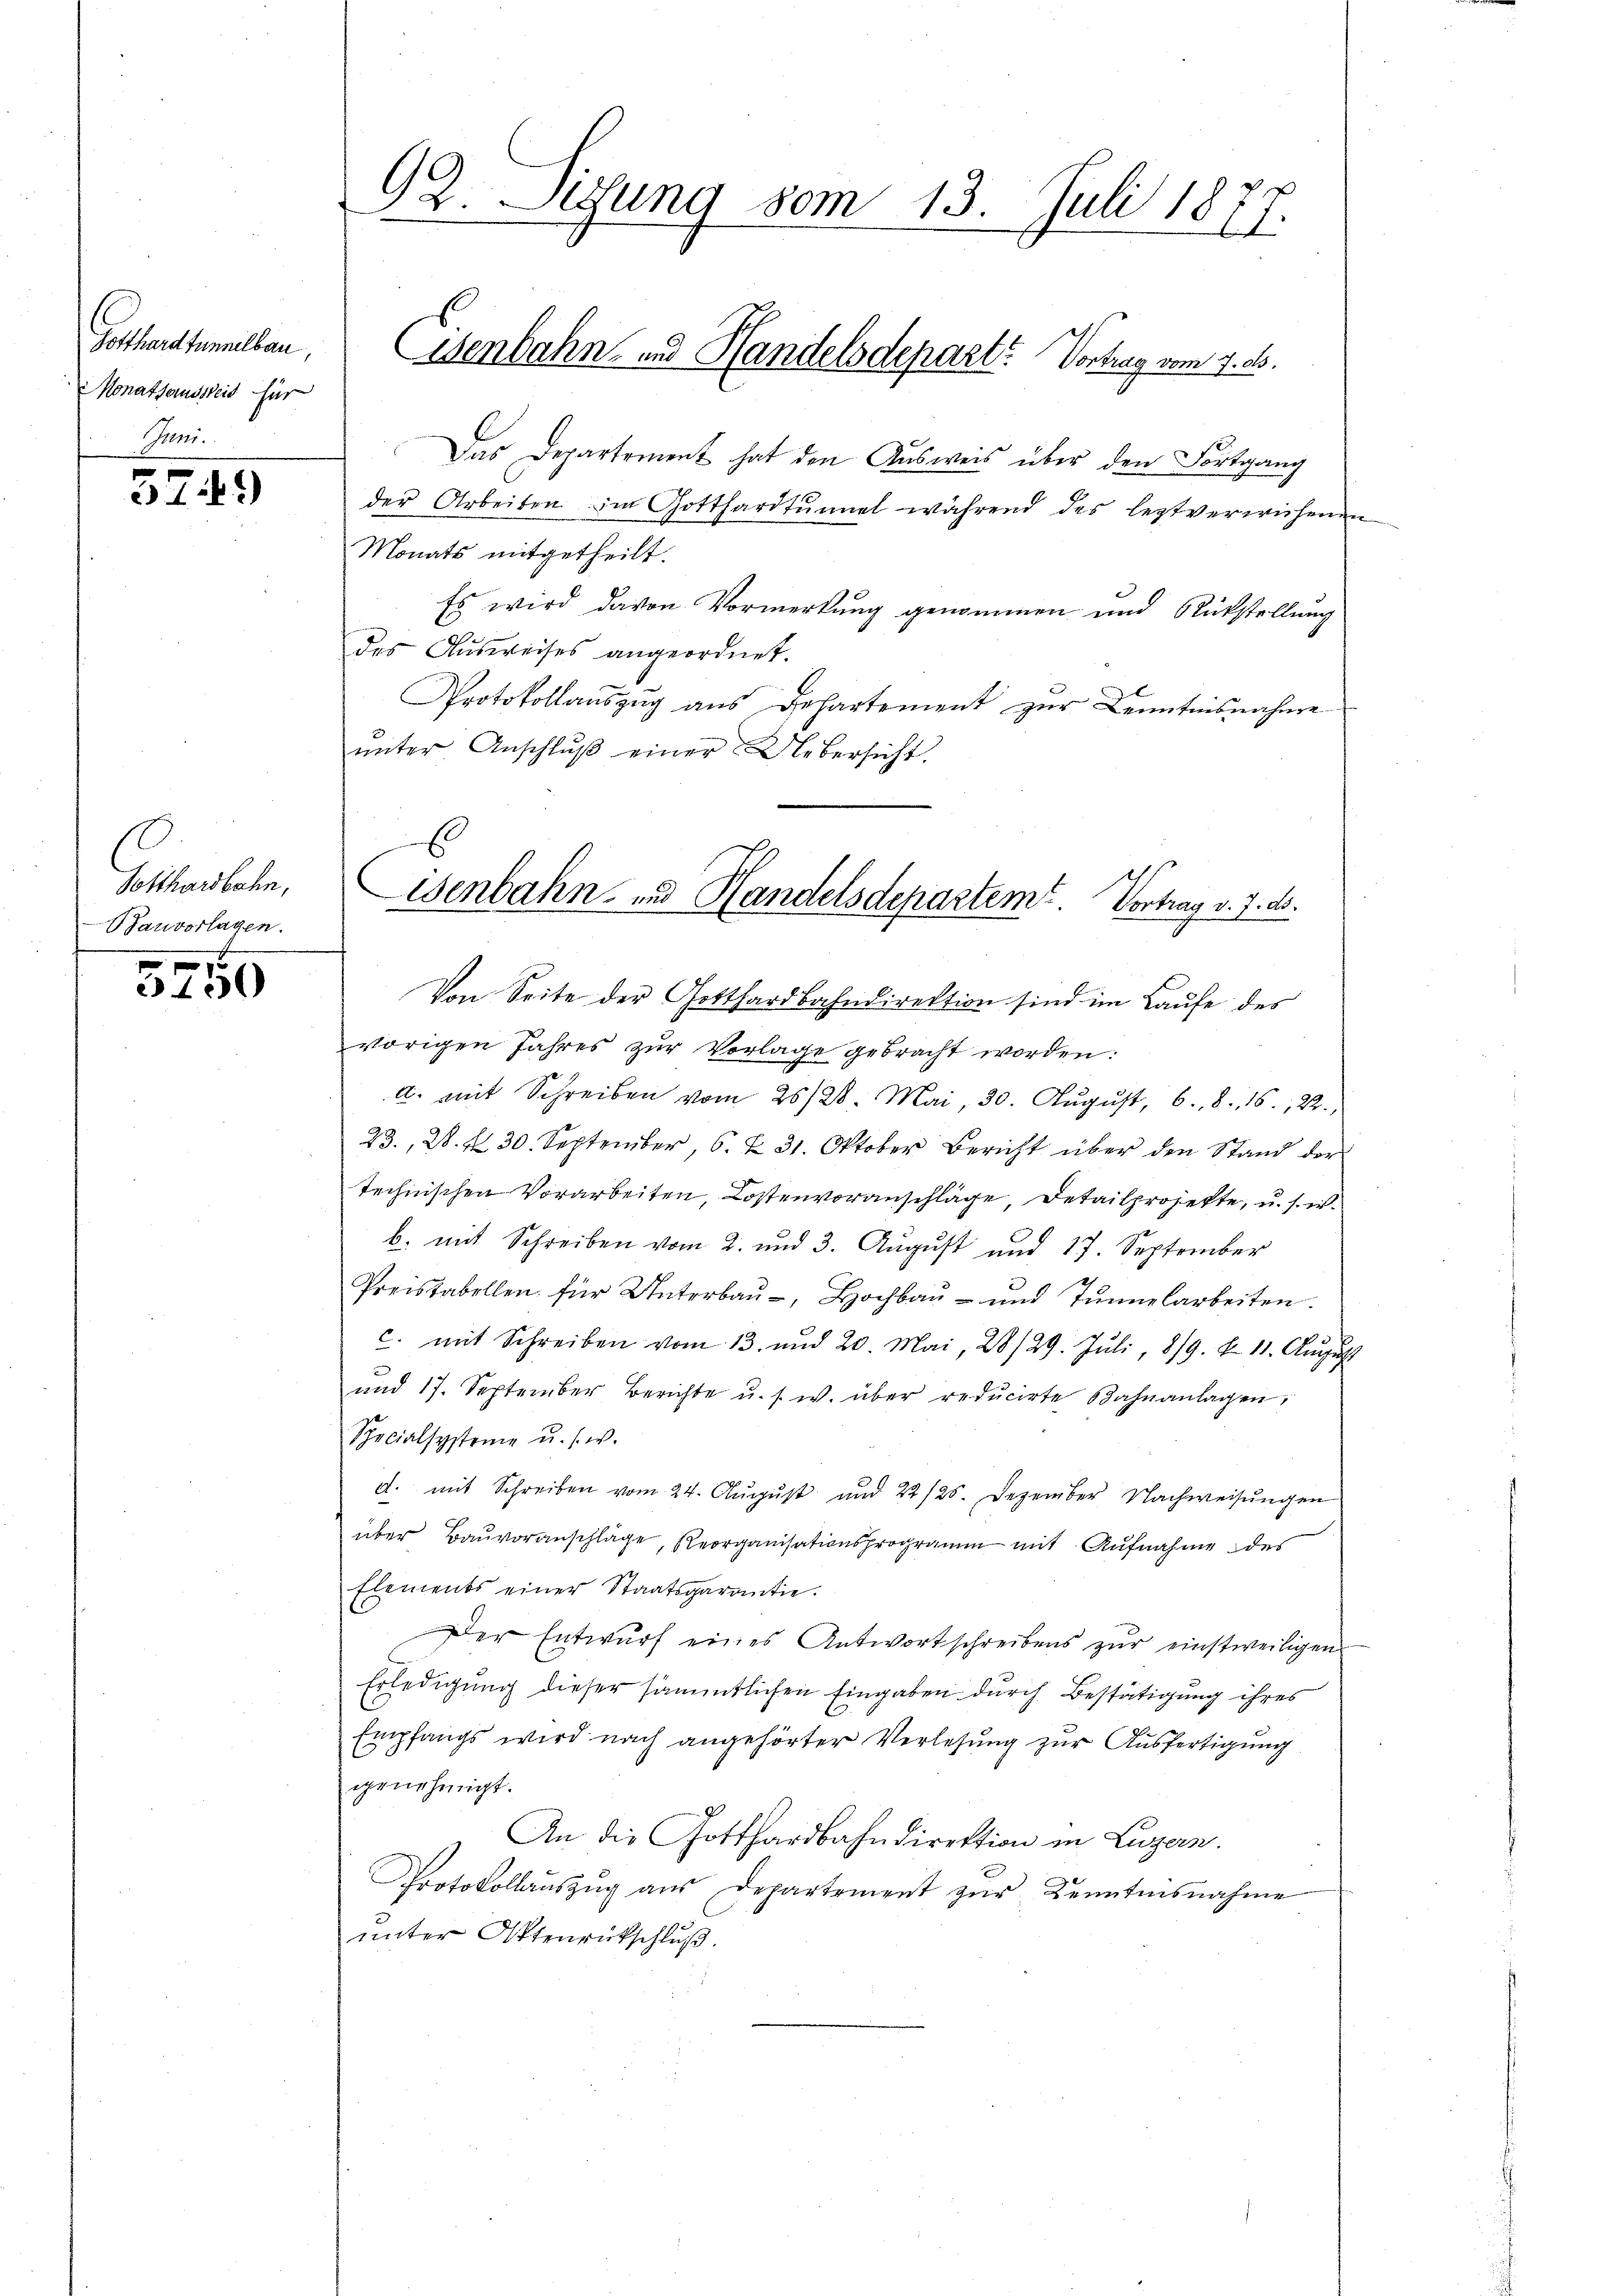
Gotthardtunnelbau,
Monatsauszeit für
Genr.

x
1:1)

Gotthardbahn,
Bauvorlagen.

5750

92. Setzung vom 13. Juli 1877.
Eisenbahn- und Handelsdepart? Vortrag vom 7. d.

Das Departement hat den Ausweis über den Fortgang
der Arbeiten. Im Gotthardtunnel während des leztverwichenen
Monats mitgetheilt.
Es wird davon Vormerkung genommen und Rückstellung
des Ausweises angeordnet.
Protokollauszug aus Departement zur Kenntnisnahme
ŭnter Anschlŭβ einer Uebersicht.
Von Seite der Gotthardbahndirektion sind im Laufe des
vorigen Jahres zŭr Vorlage gebracht worden:
C. mit Schreiben vom 26/28. Mai, 30. Aŭgŭst, 6. 8. 16. 22.,
23., 28. d. 30. September, 6. Z. 31. Oktober Bericht über den Stand der
technischen Vorarbeiten, Kostenvoranschläge, Detailprojekte, u. s. w.
b. mit Schreiben vom 2. und 3. August und 17. September
Preistabellen für Unterbau-, Hochbau - und Tunnelarbeiten.
c. mit Schreiben vom 13. und 20. Mai, 28/29. Jŭli, 8/9. X. 11. Aŭgŭst
und 17. September Berichte u. s. w. über reducirte Bahnanlagen,
Specialsysteme u. s. w.
d. mit Schreiben vom 24. Aŭgŭst und 22/25. Dezember Nachweisungen
über Baŭvoranschläge, Reorganisationsprogramm mit Aufnahme des
Elements einer Staatsgarantie.
Der Entwŭrf eines Antwortschreibens zŭr einstweiligen
Erledigung dieser sämmtlichen Eingaben durch Bestätigung ihres
Empfangs wird nach angehörter Verlesung zur Ausfertigung
genehmigt.
.
An die Gotthardbahndirektion in Luzern.
Protokollaŭszŭg aŭs Departement zŭr Kenntnisnahme
unter Aktenrückschluß.

isenbahn zu Handelsdepartem Vortrag v. 7. ds.